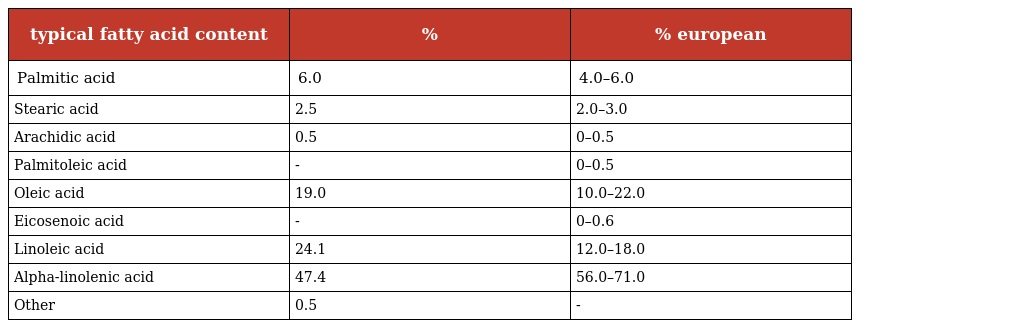
| typical fatty acid content | % | % european |
 | --- | --- | --- |
 | Palmitic acid | 6.0 | 4.0–6.0 |
 | Stearic acid | 2.5 | 2.0–3.0 |
 | Arachidic acid | 0.5 | 0–0.5 |
 | Palmitoleic acid | - | 0–0.5 |
 | Oleic acid | 19.0 | 10.0–22.0 |
 | Eicosenoic acid | - | 0–0.6 |
 | Linoleic acid | 24.1 | 12.0–18.0 |
 | Alpha-linolenic acid | 47.4 | 56.0–71.0 |
 | Other | 0.5 | - |